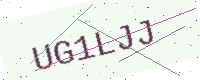
Text: UG1LJJ